Indian journal of veterinary science and animal husbandry - Volumes 24-25, 1954-1955
Year: 1954
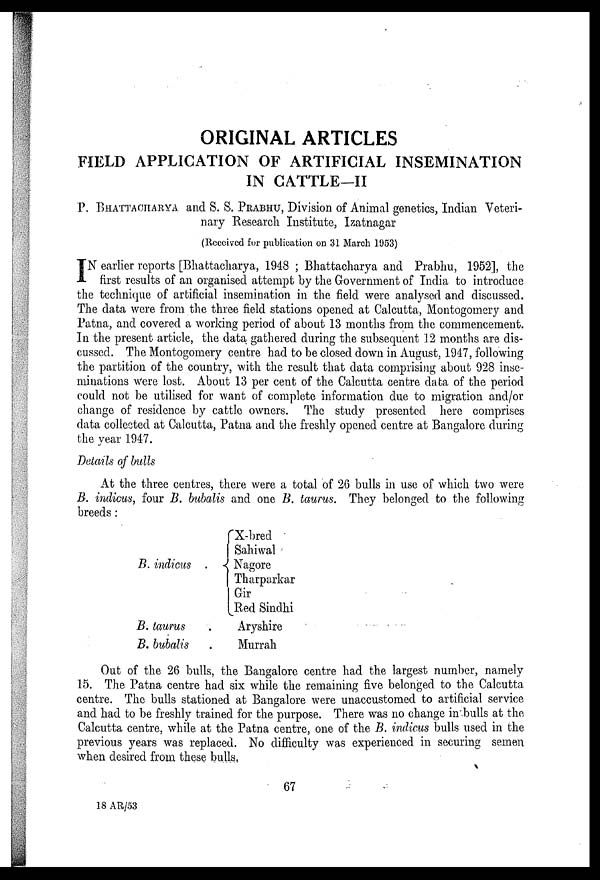
ORIGINAL ARTICLES
FIELD APPLICATION OF ARTIFICIAL INSEMINATION
IN CATTLE-II
P. BHATTAOHARYA and S. S. PRABHU, Division of Animal genetics, Indian Veteri-
nary Research Institute, Izatnagar
(Reecived for publication on 31 March 1953)
I N earlier reports [Bhattacharya, 1948 ; Bhattacharya and Prabhu, 1952], the
first results of an organised attempt by the Government of India to introduce
the technique of artificial insemination in the field were analysed and discussed.
The data were from the three field stations opened at Calcutta, Montogomery and
Patna, and covered a working period of about 13 months from the commencement.
In the present article, the data gathered during the subsequent 12 months are dis-
cussed. The Montogomery centre had to be closed down in August, 1947, following
the partition of the country, with the result that data comprising about 928 inse-
minations were lost. About 13 per cent of the Calcutta centre data of the period
could not be utilised for want of complete information due to migration and/or
change of residence by cattle owners. The study presented here comprises
data collected at Calcutta, Patna and the freshly opened centre at Bangalore during
the year 1947.
Details of bulls
At the three centres, there were a total of 26 bulls in use of which two were
B. indicus, four B. bubalis and one B. taurus. They belonged to the following
breeds :
B. indicus .
X-bred
Sahiwal
Nagore
Tharparkar
Gir
Red Sindhi
B. taurus
.
Aryshire
B. bubalis .
Murrah
Out of the 26 bulls, the Bangalore centre had the largest number, namely
15. The Patna centre had six while the remaining five belonged to the Calcutta
centre. The bulls stationed at Bangalore were unaccustomed to artificial service
and had to be freshly trained for the purpose. There was no change in bulls at the
Calcutta centre, while at the Patna centre, one of the B. indicus bulls used in the
previous years was replaced. No difficulty was experienced in securing semen
when desired from these bulls.
67
18 AR/53